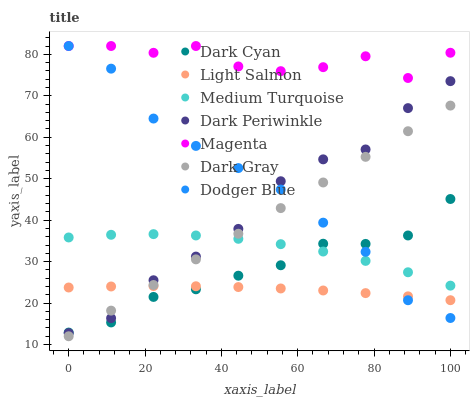
| xaxis_label | Dark Cyan | Light Salmon | Medium Turquoise | Dark Periwinkle | Magenta | Dark Gray | Dodger Blue |
 | --- | --- | --- | --- | --- | --- | --- | --- |
 | 0 | 12.9 | 23.8 | 35.8 | 12.8 | 82 | 12 | 82 |
 | 11.1 | 15.3 | 24 | 36.5 | 16.4 | 82 | 18.2 | 76.5 |
 | 22.2 | 21.5 | 24.1 | 36.6 | 25.5 | 80.4 | 24.4 | 64.5 |
 | 33.3 | 23.3 | 24.1 | 36.3 | 31.2 | 82 | 30.5 | 57.9 |
 | 44.4 | 26.6 | 23.9 | 35.5 | 37.9 | 77.1 | 36.7 | 52.6 |
 | 55.6 | 29.1 | 23.5 | 34.2 | 49.4 | 75.9 | 42.9 | 47.4 |
 | 66.7 | 34.3 | 23 | 32.4 | 54.7 | 76.9 | 49.1 | 39.4 |
 | 77.8 | 34.3 | 22.4 | 30.2 | 57.1 | 79.5 | 55.3 | 32.4 |
 | 88.9 | 36.3 | 21.6 | 27.4 | 67 | 74.3 | 61.4 | 20.7 |
 | 100 | 45.1 | 20.7 | 24.2 | 73.5 | 80.4 | 67.6 | 16.4 |